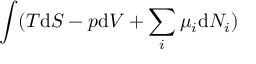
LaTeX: \int ( T { \mathrm { d } } S - p { \mathrm { d } } V + \sum _ { i } \mu _ { i } { \mathrm { d } } N _ { i } )